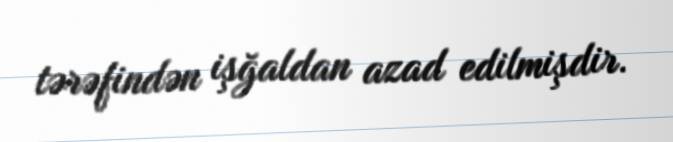
tərəfindən işğaldan azad edilmişdir.